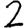
Digit: 2